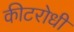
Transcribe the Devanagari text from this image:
कीटरोधी